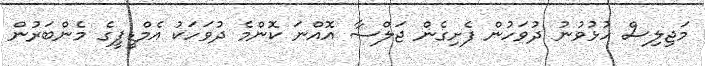
މަޖިލިސް ހުޅުވުނު ދުވަހުން ފެށިގެން ޖަލްސާ އޮއްނަ ކޮންމެ ދުވަހަކު އެމްޑީޕީގެ މެންބަރުން